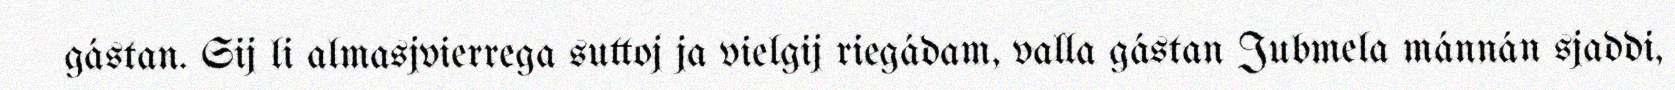
gástan. Sij li almasjvierrega suttoj ja vielgij riegádam, valla gástan Jubmela mánnán sjaddi,